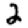
Digit: 2